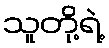
သူတို့ရဲ့